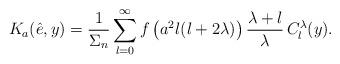
LaTeX: \begin{align*}K_a(\hat e,y)=\frac{1}{\Sigma_n}\sum_{l=0}^\infty f\left(a^2l(l+2\lambda)\right)\frac{\lambda+l}{\lambda}\,C_l^\lambda(y).\end{align*}